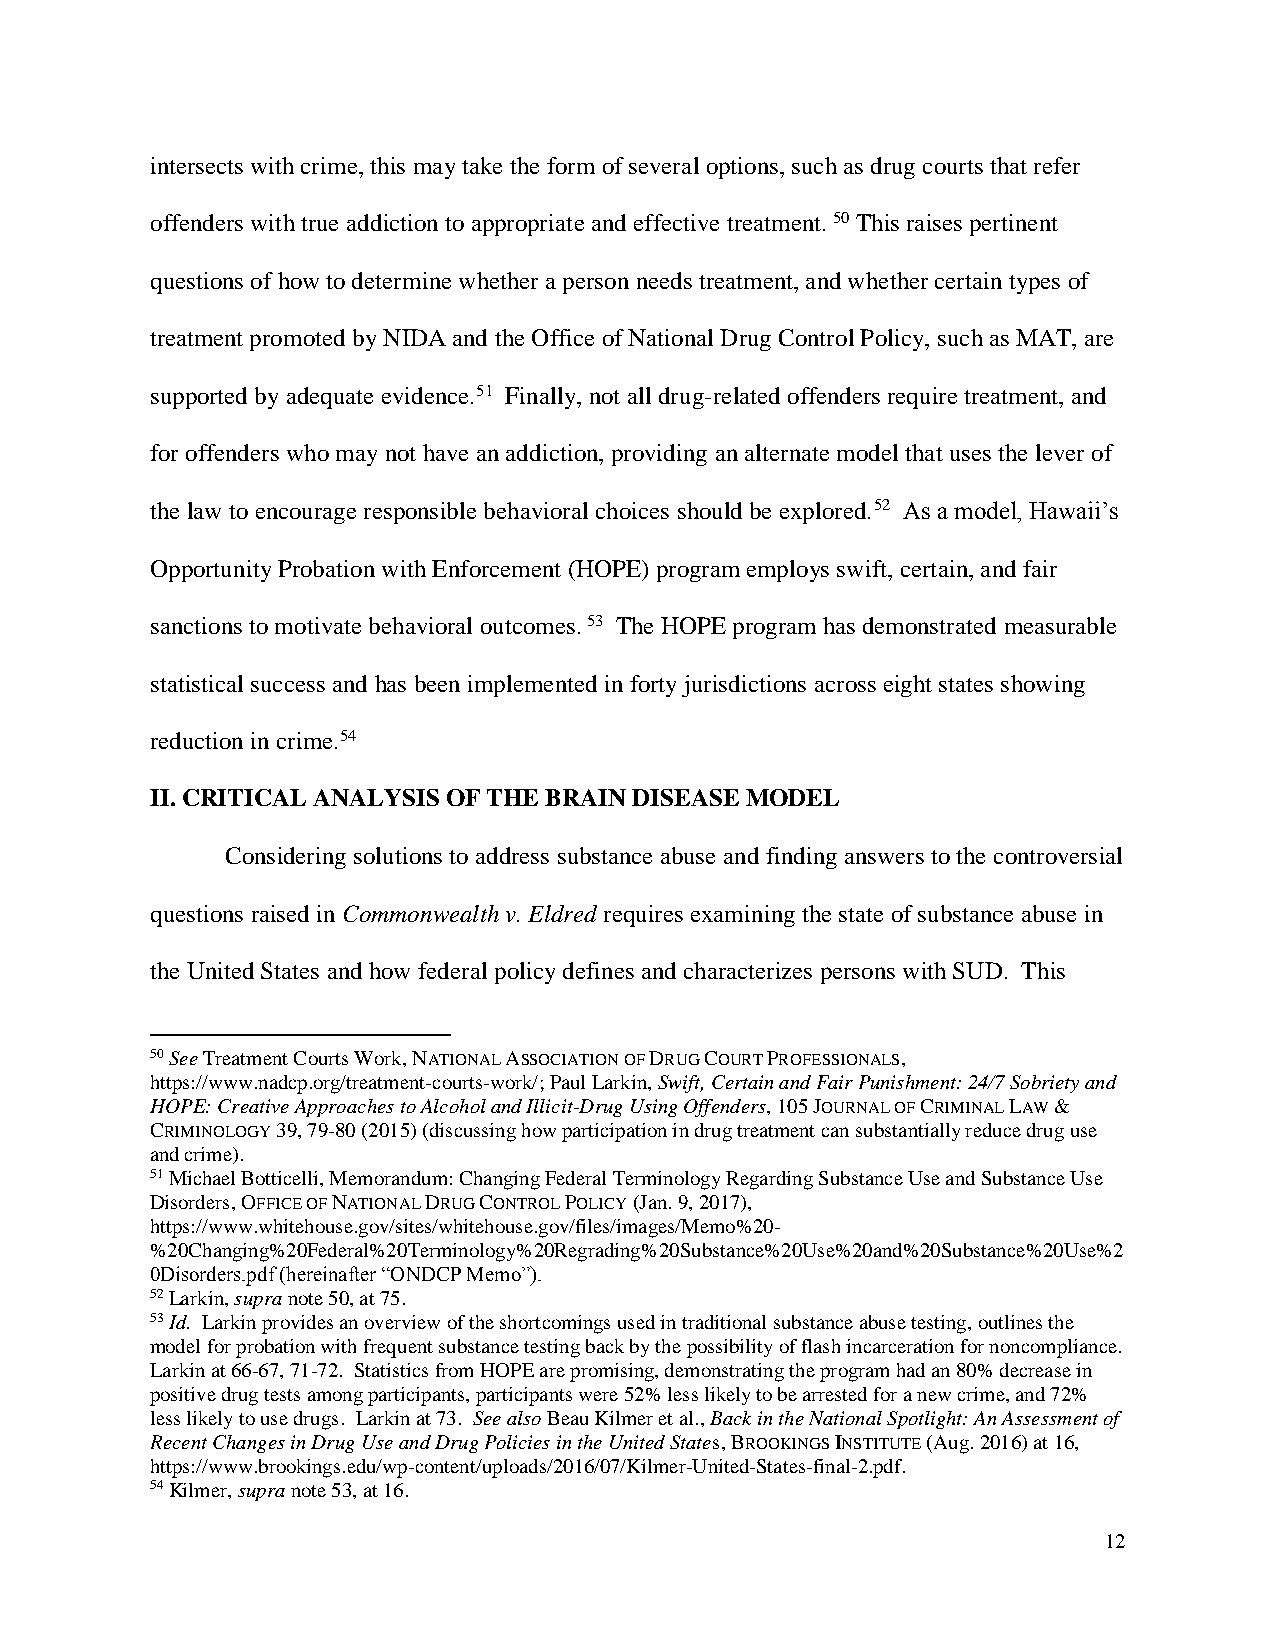
intersects with crime, this may take the form of several options, such as drug courts that refer
 offenders with true addiction to appropriate and effective treatment. 50 This raises pertinent
 questions of how to determine whether a person needs treatment, and whether certain types of
 treatment promoted by NIDA and the Office of National Drug Control Policy, such as MAT, are
 supported by adequate evidence.51 Finally, not all drug-related offenders require treatment, and
 for offenders who may not have an addiction, providing an alternate model that uses the lever of
 the law to encourage responsible behavioral choices should be explored.52 As a model, Hawaii’s
 Opportunity Probation with Enforcement (HOPE) program employs swift, certain, and fair
 sanctions to motivate behavioral outcomes. 53 The HOPE program has demonstrated measurable
 statistical success and has been implemented in forty jurisdictions across eight states showing
 reduction in crime.54
 II. CRITICAL ANALYSIS OF THE BRAIN DISEASE MODEL
 Considering solutions to address substance abuse and finding answers to the controversial
 questions raised in Commonwealth v. Eldred requires examining the state of substance abuse in
 the United States and how federal policy defines and characterizes persons with SUD. This
 50 See Treatment Courts Work, NATIONAL ASSOCIATION OF DRUG COURT PROFESSIONALS,
 https://www.nadcp.org/treatment-courts-work/; Paul Larkin, Swift, Certain and Fair Punishment: 24/7 Sobriety and
 HOPE: Creative Approaches to Alcohol and Illicit-Drug Using Offenders, 105 JOURNAL OF CRIMINAL LAW &
 CRIMINOLOGY 39, 79-80 (2015) (discussing how participation in drug treatment can substantially reduce drug use
 and crime).
 51 Michael Botticelli, Memorandum: Changing Federal Terminology Regarding Substance Use and Substance Use
 Disorders, OFFICE OF NATIONAL DRUG CONTROL POLICY (Jan. 9, 2017),
 https://www.whitehouse.gov/sites/whitehouse.gov/files/images/Memo%20-
 %20Changing%20Federal%20Terminology%20Regrading%20Substance%20Use%20and%20Substance%20Use%2
 0Disorders.pdf (hereinafter “ONDCP Memo”).
 52 Larkin, supra note 50, at 75.
 53 Id. Larkin provides an overview of the shortcomings used in traditional substance abuse testing, outlines the
 model for probation with frequent substance testing back by the possibility of flash incarceration for noncompliance.
 Larkin at 66-67, 71-72. Statistics from HOPE are promising, demonstrating the program had an 80% decrease in
 positive drug tests among participants, participants were 52% less likely to be arrested for a new crime, and 72%
 less likely to use drugs. Larkin at 73. See also Beau Kilmer et al., Back in the National Spotlight: An Assessment of
 Recent Changes in Drug Use and Drug Policies in the United States, BROOKINGS INSTITUTE (Aug. 2016) at 16,
 https://www.brookings.edu/wp-content/uploads/2016/07/Kilmer-United-States-final-2.pdf.
 54 Kilmer, supra note 53, at 16.
 12